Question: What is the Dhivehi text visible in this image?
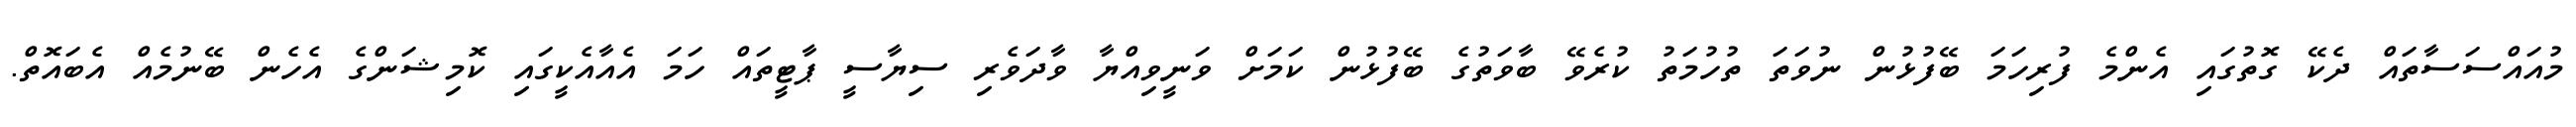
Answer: މުއައްސަސާތައް ދެކޭ ގޮތުގައި އެންމެ ފުރިހަމަ ބޭފުޅުން ނުވަތަ ތުހުމަތު ކުރެވޭ ބާވަތުގެ ބޭފުޅުން ކަމަށް ވަނީވިއްޔާ ވާދަވެރި ސިޔާސީ ޕާޓީތައް ހަމަ އެއާއެކީގައި ކޮމިޝަންގެ އެހެން ބޭނުމެއް އެބައޮތް.